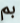
بم